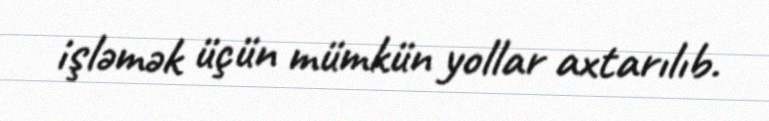
işləmək üçün mümkün yollar axtarılıb.